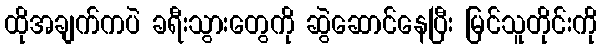
ထိုအချက်ကပဲ ခရီးသွားတွေကို ဆွဲဆောင်နေပြီး မြင်သူတိုင်းကို